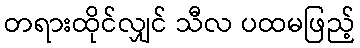
တရားထိုင်လျှင် သီလ ပထမဖြည့်